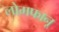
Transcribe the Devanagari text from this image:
लोमफानू